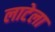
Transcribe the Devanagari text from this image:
लाटेला